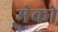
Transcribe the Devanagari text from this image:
मेको